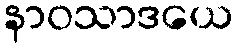
နာဝသာဒယေ